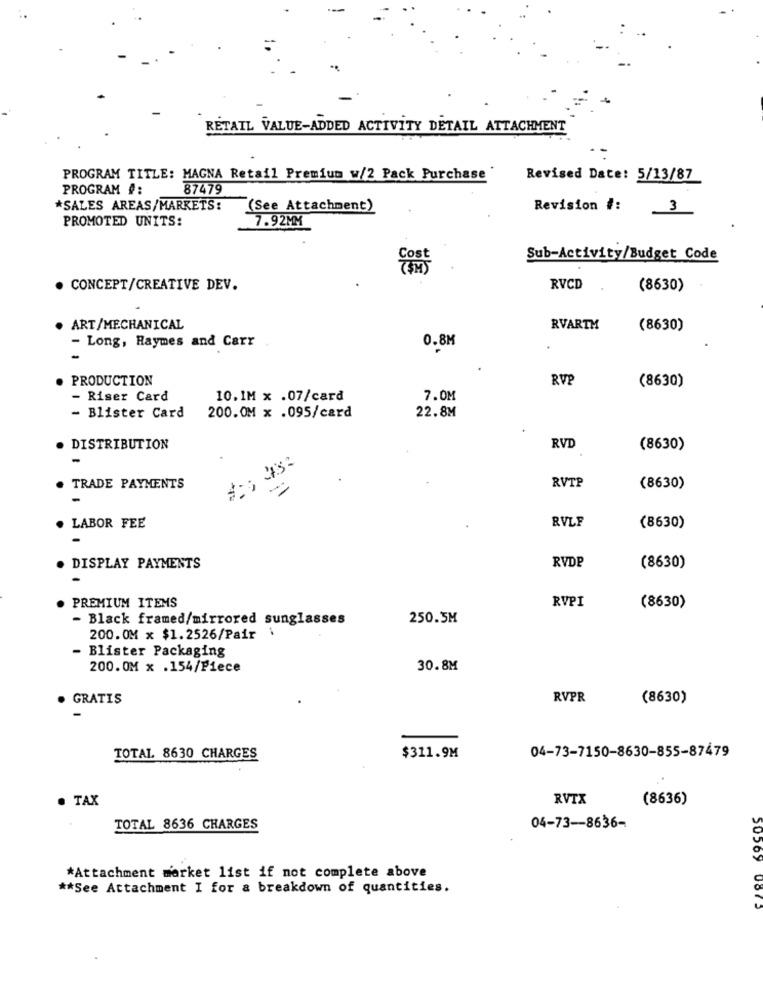
RETAIL VALUE-ADDED ACTIVITY DETAIL ATTACHMENT
PROGRAM TITLE: MAGNA Retail Premium w/2 Pack Purchase '
Revised Date: 5/13/87
PROGRAM #:
87479
*SALES AREAS/MARKETS:
(See Attachment)
Revision #:
3
PROMOTED UNITS:
7.92MM
Sub-Activity/Budget Code
. CONCEPT/CREATIVE DEV.
RVCD
(8630)
ART/MECHANICAL
RVARTM
(8630)
- Long, Haymes and Carr
0.8M
PRODUCTION
RVP
(8630)
- Riser Card
10.IM x .07/card
7.0M
22.8M
- Blister Card
200.0M x .095/card
DISTRIBUTION
RVD
(8630)
-
RVTP
TRADE PAYMENTS
(8630)
RVLF
LABOR FEE
(8630)
RVDP
. DISPLAY PAYMENTS
(8630)
RVPI
PREMIUM ITEMS
(8630)
- Black framed/mirrored sunglasses
250.5M
200.OM x $1.2526/Pair \
- Blister Packaging
200. OM x .154/Piece
30.8M
GRATIS
RVPR
(8630)
04-73-7150-8630-855-87479
TOTAL 8630 CHARGES
$311.9M
· TAX
RVTX
(8636)
TOTAL 8636 CHARGES
04-73 -- 8636-
*Attachment market list if not complete above
** See Attachment I for a breakdown of quantities.